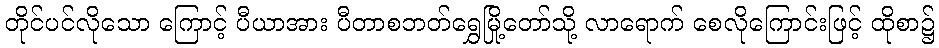
တိုင်ပင်လိုသော ကြောင့် ပီယာအား ပီတာစဘတ်ရွှေမြို့တော်သို့ လာရောက် စေလိုကြောင်းဖြင့် ထိုစာ၌